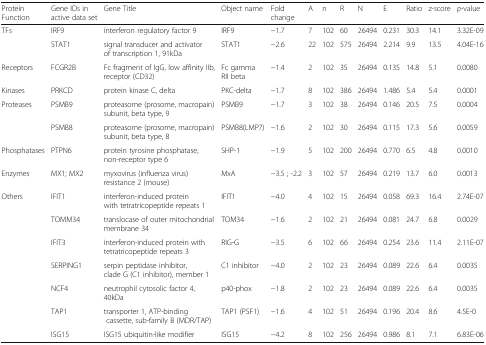
<table><thead><tr><td><b>Protein Function</b></td><td><b>Gene IDs in active data set</b></td><td><b>Gene Title</b></td><td><b>Object name</b></td><td><b>Fold change</b></td><td><b>A</b></td><td><b>n</b></td><td><b>R</b></td><td><b>N</b></td><td><b>E</b></td><td><b>Ratio</b></td><td><b>z-score</b></td><td><b><i>p</i>-value</b></td></tr></thead><tbody><tr><td rowspan="2">TFs</td><td>IRF9</td><td>interferon regulatory factor 9</td><td>IRF9</td><td>−1.7</td><td>7</td><td>102</td><td>60</td><td>26494</td><td>0.231</td><td>30.3</td><td>14.1</td><td>3.32E-09</td></tr><tr><td>STAT1</td><td>signal transducer and activator of transcription 1, 91kDa</td><td>STAT1</td><td>−2.6</td><td>22</td><td>102</td><td>575</td><td>26494</td><td>2.214</td><td>9.9</td><td>13.5</td><td>4.04E-16</td></tr><tr><td>Receptors</td><td>FCGR2B</td><td>Fc fragment of IgG, low affinity IIb, receptor (CD32)</td><td>Fc gamma RII beta</td><td>−1.4</td><td>2</td><td>102</td><td>35</td><td>26494</td><td>0.135</td><td>14.8</td><td>5.1</td><td>0.0080</td></tr><tr><td>Kinases</td><td>PRKCD</td><td>protein kinase C, delta</td><td>PKC-delta</td><td>−1.7</td><td>8</td><td>102</td><td>386</td><td>26494</td><td>1.486</td><td>5.4</td><td>5.4</td><td>0.0001</td></tr><tr><td rowspan="2">Proteases</td><td>PSMB9</td><td>proteasome (prosome, macropain) subunit, beta type, 9</td><td>PSMB9</td><td>−1.7</td><td>3</td><td>102</td><td>38</td><td>26494</td><td>0.146</td><td>20.5</td><td>7.5</td><td>0.0004</td></tr><tr><td>PSMB8</td><td>proteasome (prosome, macropain) subunit, beta type, 8</td><td>PSMB8(LMP7)</td><td>−1.6</td><td>2</td><td>102</td><td>30</td><td>26494</td><td>0.115</td><td>17.3</td><td>5.6</td><td>0.0059</td></tr><tr><td>Phosphatases</td><td>PTPN6</td><td>protein tyrosine phosphatase, non-receptor type 6</td><td>SHP-1</td><td>−1.9</td><td>5</td><td>102</td><td>200</td><td>26494</td><td>0.770</td><td>6.5</td><td>4.8</td><td>0.0010</td></tr><tr><td>Enzymes</td><td>MX1; MX2</td><td>myxovirus (influenza virus) resistance 2 (mouse)</td><td>MxA</td><td>−3.5 ; -2.2</td><td>3</td><td>102</td><td>57</td><td>26494</td><td>0.219</td><td>13.7</td><td>6.0</td><td>0.0013</td></tr><tr><td rowspan="7">Others</td><td>IFIT1</td><td>interferon-induced protein with tetratricopeptide repeats 1</td><td>IFIT1</td><td>−4.0</td><td>4</td><td>102</td><td>15</td><td>26494</td><td>0.058</td><td>69.3</td><td>16.4</td><td>2.74E-07</td></tr><tr><td>TOMM34</td><td>translocase of outer mitochondrial membrane 34</td><td>TOM34</td><td>−1.6</td><td>2</td><td>102</td><td>21</td><td>26494</td><td>0.081</td><td>24.7</td><td>6.8</td><td>0.0029</td></tr><tr><td>IFIT3</td><td>interferon-induced protein with tetratricopeptide repeats 3</td><td>RIG-G</td><td>−3.5</td><td>6</td><td>102</td><td>66</td><td>26494</td><td>0.254</td><td>23.6</td><td>11.4</td><td>2.11E-07</td></tr><tr><td>SERPING1</td><td>serpin peptidase inhibitor, clade G (C1 inhibitor), member 1</td><td>C1 inhibitor</td><td>−4.0</td><td>2</td><td>102</td><td>23</td><td>26494</td><td>0.089</td><td>22.6</td><td>6.4</td><td>0.0035</td></tr><tr><td>NCF4</td><td>neutrophil cytosolic factor 4, 40kDa</td><td>p40-phox</td><td>−1.8</td><td>2</td><td>102</td><td>23</td><td>26494</td><td>0.089</td><td>22.6</td><td>6.4</td><td>0.0035</td></tr><tr><td>TAP1</td><td>transporter 1, ATP-binding cassette, sub-family B (MDR/TAP)</td><td>TAP1 (PSF1)</td><td>−1.6</td><td>4</td><td>102</td><td>51</td><td>26494</td><td>0.196</td><td>20.4</td><td>8.6</td><td>4.5E-0</td></tr><tr><td>ISG15</td><td>ISG15 ubiquitin-like modifier</td><td>ISG15</td><td>−4.2</td><td>8</td><td>102</td><td>256</td><td>26494</td><td>0.986</td><td>8.1</td><td>7.1</td><td>6.83E-06</td></tr></tbody></table>